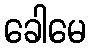
ခေါမေ